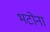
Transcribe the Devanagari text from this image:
भटोना